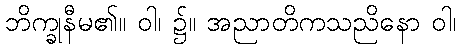
ဘိက္ခုနီမ၏။ ဝါ၊ ၌။ အညာတိကသညိနော ဝါ၊